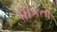
ધીકતા